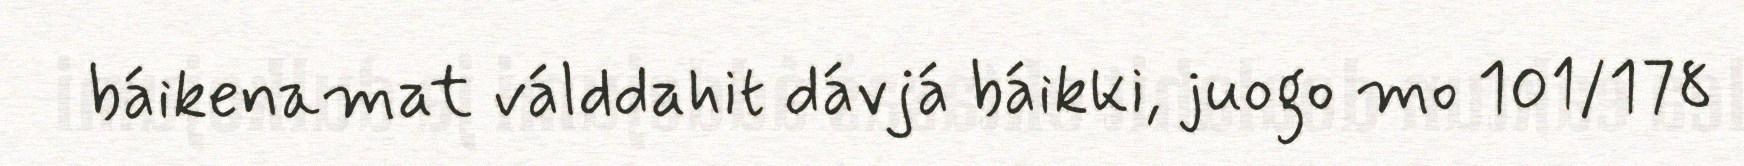
báikenamat válddahit dávjá báikki, juogo mo 101/178